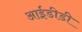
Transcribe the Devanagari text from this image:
आईडीडी